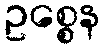
ဥစ္စေန